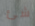
شئ